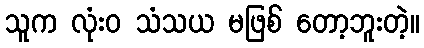
သူက လုံးဝ သံသယ မဖြစ် တော့ဘူးတဲ့။